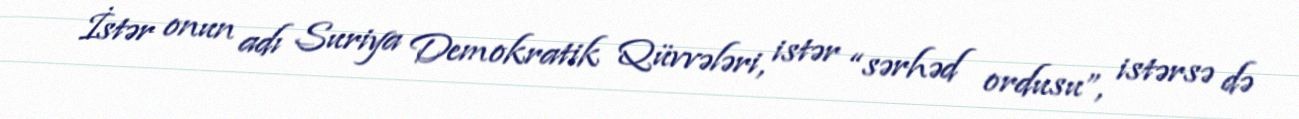
İstər onun adı Suriya Demokratik Qüvvələri, istər “sərhəd ordusu”, istərsə də